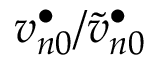
v _ { n 0 } ^ { \bullet } / \widetilde v _ { n 0 } ^ { \bullet }